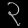
Digit: ၃